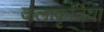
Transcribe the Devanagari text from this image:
कलाकृर्तिया